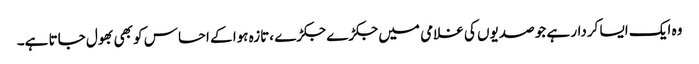
وہ ایک ایسا کردار ہے جو صدیوں کی غلامی میں جکڑے جکڑے ،تازہ ہوا کے احساس کو بھی بھول جاتا ہے۔